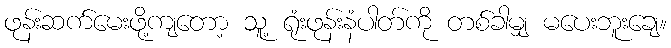
ဖုန်းဆက်မေးဖို့ကျတော့ သူ့ ရုံးဖုန်းနံပါတ်ကို တစ်ခါမျှ မပေးဘူးချေ။